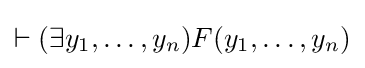
\vdash (\exists y_{1},\ldots ,y_{n})F(y_{1},\ldots ,y_{n})